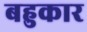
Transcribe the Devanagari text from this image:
बहुकार